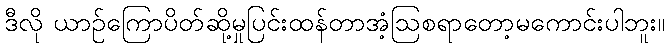
ဒီလို ယာဉ်ကြောပိတ်ဆို့မှုပြင်းထန်တာအံ့ဩစရာတော့မကောင်းပါဘူး။